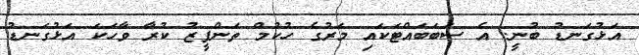
އަޅުގަނޑު ބުނީ. އެ ސަބަބައްޓަކައި މަރުގެ ހުކުމް ތަންފީޒު ކުރާ ވާހަކަ އަޅުގަނޑު